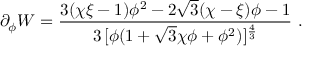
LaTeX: \partial _ { \phi } W = { \frac { 3 ( \chi \xi - 1 ) \phi ^ { 2 } - 2 \sqrt { 3 } ( \chi - \xi ) \phi - 1 } { 3 \, [ \phi ( 1 + \sqrt { 3 } \chi \phi + \phi ^ { 2 } ) ] ^ { \frac { 4 } { 3 } } } } \ .